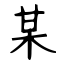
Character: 某